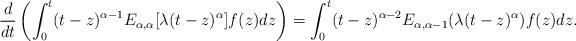
LaTeX: \begin{align*}\frac{d}{dt}\left(\int_0^t (t-z)^{\alpha-1}E_{\alpha, \alpha}[\lambda(t-z)^{\alpha}]f(z)dz\right)& = \int_0^t (t-z)^{\alpha - 2}E_{\alpha, \alpha-1}(\lambda (t-z)^{\alpha})f(z)dz.\end{align*}